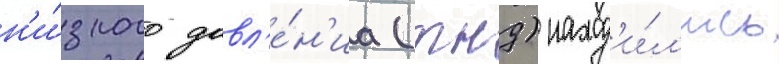
н'и́зкого давл'е́н'иа (тнд) наход'и́л'ись